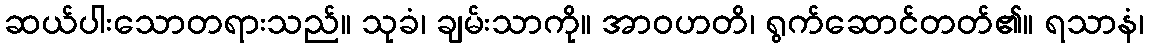
ဆယ်ပါးသောတရားသည်။ သုခံ၊ ချမ်းသာကို။ အာဝဟတိ၊ ရွက်ဆောင်တတ်၏။ ရသာနံ၊